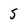
Character: s